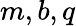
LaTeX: m,b,q